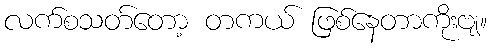
လက်စသတ်တော့ တကယ် ဖြစ်နေတာကိုးဗျ။